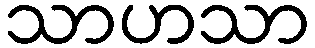
သာဟသာ